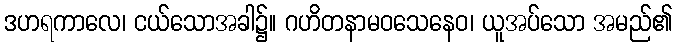
ဒဟရကာလေ၊ ငယ်သောအခါ၌။ ဂဟိတနာမဝသေနေဝ၊ ယူအပ်သော အမည်၏